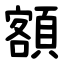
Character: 額